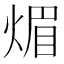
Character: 煝